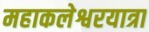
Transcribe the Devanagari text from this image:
महाकलेश्वरयात्रा